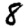
Digit: 8